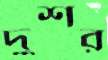
দুশর